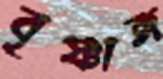
বৃষ্ণাঙ্গ